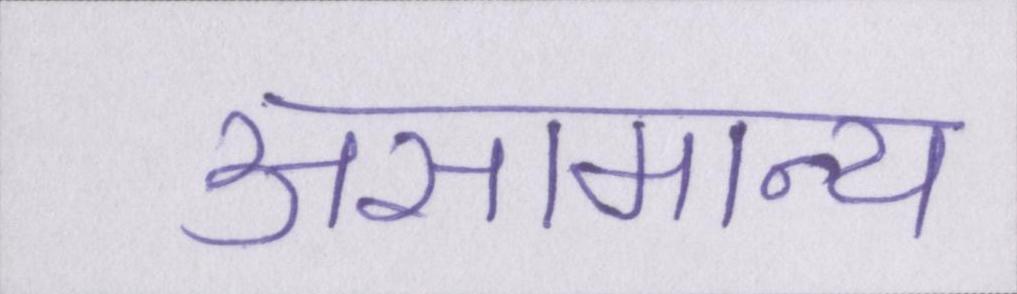
असामान्य